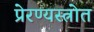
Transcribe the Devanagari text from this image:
प्रेरण्यस्त्रोत